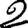
Digit: 2